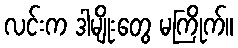
လင်းက ဒါမျိုးတွေ မကြိုက်။